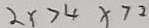
2 x > 4 x 7 2